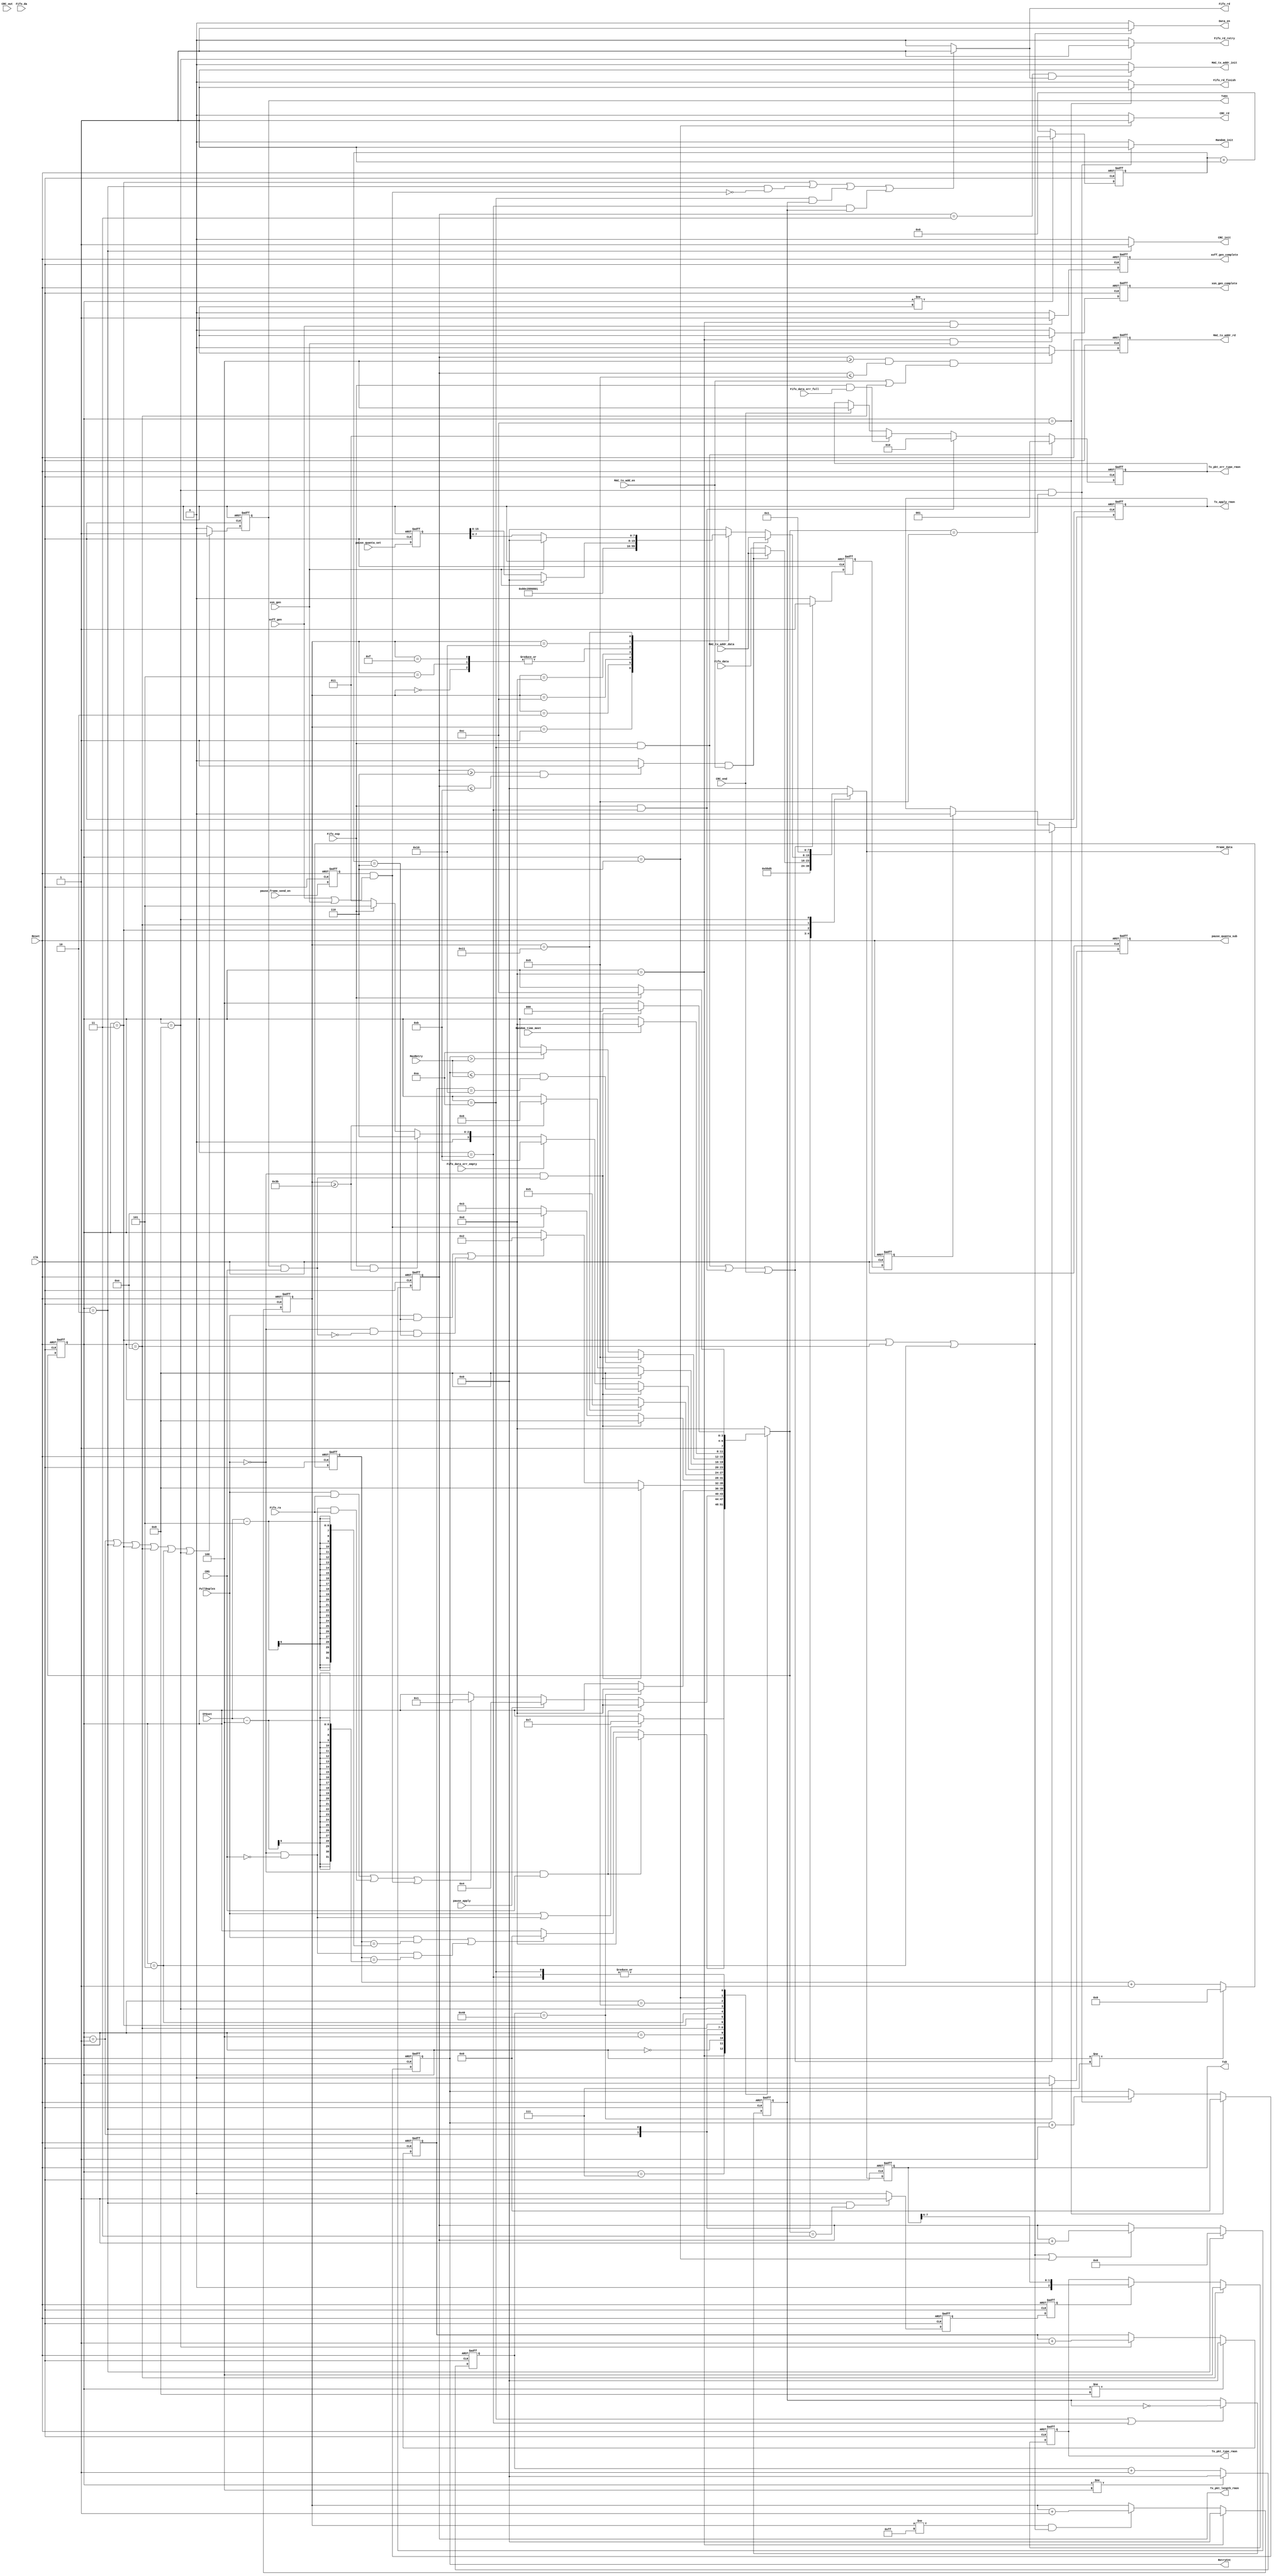
module MAC_tx_ctrl (  
Reset               ,
Clk                 ,
//CRC_gen Interface  
CRC_init            ,
Frame_data          ,
Data_en             ,
CRC_rd              ,
CRC_end             ,
CRC_out             ,
//Ramdon_gen interfac
Random_init         ,
RetryCnt            ,
Random_time_meet    ,
//flow control      
pause_apply         ,
pause_quanta_sub    ,
xoff_gen            ,
xoff_gen_complete   ,
xon_gen             ,
xon_gen_complete    ,
//MAC_tx_FF          
Fifo_data           ,
Fifo_rd             ,
Fifo_eop            ,
Fifo_da             ,
Fifo_rd_finish      ,
Fifo_rd_retry       ,
Fifo_ra             ,
Fifo_data_err_empty ,
Fifo_data_err_full  ,
//RMII               
TxD                 ,
TxEn                ,
CRS                 , 
//MAC_tx_addr_add   
MAC_tx_addr_rd      ,
MAC_tx_addr_data    ,
MAC_tx_addr_init    ,
//RMON               
Tx_pkt_type_rmon    ,
Tx_pkt_length_rmon  ,
Tx_apply_rmon       ,
Tx_pkt_err_type_rmon,
//CPU  
pause_frame_send_en ,
pause_quanta_set    ,              
MAC_tx_add_en       ,  
FullDuplex          ,
MaxRetry            ,
IFGset              
//IFG_counter,
//Current_state
);

input           Reset               ;
input           Clk                 ;
                //CRC_gen Interface 
output          CRC_init            ;
output  [7:0]   Frame_data          ;
output          Data_en             ;
output          CRC_rd              ;
input           CRC_end             ;
input   [7:0]   CRC_out             ;
                //Ramdon_gen interface
output          Random_init         ;
output  [3:0]   RetryCnt            ;
input           Random_time_meet    ;//levle hight indicate random time passed away
                //flow control
input           pause_apply         ;
output          pause_quanta_sub    ;
input           xoff_gen            ;
output          xoff_gen_complete   ;
input           xon_gen             ;
output          xon_gen_complete    ;               
                //MAC_rx_FF
input   [7:0]   Fifo_data           ;
output          Fifo_rd             ;
input           Fifo_eop            ;
input           Fifo_da             ;
output          Fifo_rd_finish      ;
output          Fifo_rd_retry       ;
input           Fifo_ra             ;
input           Fifo_data_err_empty ;
input           Fifo_data_err_full  ;
                //RMII
output  [7:0]   TxD                 ;
output          TxEn                ;   
input           CRS                 ;
                //MAC_tx_addr_add
output          MAC_tx_addr_init    ;
output          MAC_tx_addr_rd      ;
input   [7:0]   MAC_tx_addr_data    ;
                //RMON
output  [2:0]   Tx_pkt_type_rmon    ;
output  [15:0]  Tx_pkt_length_rmon  ;
output          Tx_apply_rmon       ;
output  [2:0]   Tx_pkt_err_type_rmon;   
                //CPU
input           pause_frame_send_en ;               
input   [15:0]  pause_quanta_set    ;
input           MAC_tx_add_en       ;               
input           FullDuplex          ;
input   [3:0]   MaxRetry            ;
input   [5:0]   IFGset              ;
//output [5:0]       IFG_counter;
//output [3:0]       Current_state;
//******************************************************************************        
//internal signals                                                              
//******************************************************************************   
parameter       StateIdle           =4'd00;
parameter       StatePreamble       =4'd01;
parameter       StateSFD            =4'd02;
parameter       StateData           =4'd03;
parameter       StatePause          =4'd04;
parameter       StatePAD            =4'd05;
parameter       StateFCS            =4'd06;
parameter       StateIFG            =4'd07;
parameter       StateJam            =4'd08;
parameter       StateBackOff        =4'd09;
parameter       StateJamDrop        =4'd10;
parameter       StateFFEmptyDrop    =4'd11;
parameter       StateSwitchNext     =4'd12;
parameter       StateDefer          =4'd13;
parameter       StateSendPauseFrame =4'd14;

reg [3:0]       Current_state   /*synthesis syn_keep=1 */;
reg [3:0]       Next_state;
reg [5:0]       IFG_counter;
reg [4:0]       Preamble_counter;//
reg [7:0]       TxD_tmp             ;   
reg             TxEn_tmp            ;   
reg [15:0]      Tx_pkt_length_rmon  ;
reg             Tx_apply_rmon       ;
reg             Tx_apply_rmon_tmp   ;
reg             Tx_apply_rmon_tmp_pl1;
reg [2:0]       Tx_pkt_err_type_rmon;   
reg [3:0]       RetryCnt            ;
reg             Random_init         ;
reg             Fifo_rd_finish      ;
reg             Fifo_rd_retry       ;
reg [7:0]       TxD                 ;   
reg             TxEn                ;   
reg             CRC_init            ;
reg             Data_en             ;
reg             CRC_rd              ;
reg             Fifo_rd             ;
reg             MAC_tx_addr_rd      ;
reg             MAC_header_slot     ;
reg             MAC_header_slot_tmp ;
reg [2:0]       Tx_pkt_type_rmon    ;
wire            Collision           ; 
reg             MAC_tx_addr_init    ;
reg             Src_MAC_ptr         ;
reg [7:0]       IPLengthCounter     ;//for pad append
reg [1:0]       PADCounter          ;
reg [7:0]       JamCounter          ;
reg             PktDrpEvenPtr       ;
reg [7:0]       pause_counter       ;
reg             pause_quanta_sub    ;
reg             pause_frame_send_en_dl1 ;               
reg [15:0]      pause_quanta_set_dl1    ;
reg             xoff_gen_complete   ;
reg             xon_gen_complete    ;
//******************************************************************************    
//boundery signal processing                                                             
//****************************************************************************** 
always @(posedge Clk or posedge Reset)
    if (Reset)
        begin  
        pause_frame_send_en_dl1         <=0;
        pause_quanta_set_dl1            <=0;
        end
    else
        begin  
        pause_frame_send_en_dl1         <=pause_frame_send_en   ;
        pause_quanta_set_dl1            <=pause_quanta_set      ;
        end     
//******************************************************************************    
//state machine                                                             
//****************************************************************************** 
assign Collision=TxEn&CRS;

always @(posedge Clk or posedge Reset)
    if (Reset)
        pause_counter   <= 8'd0;
    else if (Current_state!=StatePause)
        pause_counter   <= 8'd0;
    else 
        pause_counter   <=pause_counter+8'd1;
        
always @(posedge Clk or posedge Reset)
    if (Reset)
        IPLengthCounter     <= 8'd0;
    else if (Current_state==StateDefer)
        IPLengthCounter     <=8'd0;    
    else if (IPLengthCounter!=8'hff&&(Current_state==StateData||Current_state==StateSendPauseFrame||Current_state==StatePAD))
        IPLengthCounter     <=IPLengthCounter+8'd1;

always @(posedge Clk or posedge Reset)
    if (Reset)
        PADCounter      <= 2'd0;
    else if (Current_state!=StatePAD)
        PADCounter      <= 2'd0;
    else
        PADCounter      <=PADCounter+2'd1;

always @(posedge Clk or posedge Reset)
    if (Reset)
        Current_state       <=StateDefer;
    else 
        Current_state       <=Next_state;    
        
always @ ( * )
        case (Current_state)   
            StateDefer:
                if ((FullDuplex)||(!FullDuplex&&!CRS))
                    Next_state=StateIFG;
                else
                    Next_state=Current_state;   
            StateIFG:
                if (!FullDuplex&&CRS)
                    Next_state=StateDefer;
                else if ((FullDuplex&&IFG_counter==IFGset-5)||(!FullDuplex&&!CRS&&IFG_counter==IFGset-4))//remove some additional time
                    Next_state=StateIdle;
                else
                    Next_state=Current_state;           
            StateIdle:
                if (!FullDuplex&&CRS)
                    Next_state=StateDefer;
                else if (pause_apply)
                    Next_state=StatePause;          
                else if ((FullDuplex&&Fifo_ra)||(!FullDuplex&&!CRS&&Fifo_ra)||(pause_frame_send_en_dl1&&(xoff_gen||xon_gen)))
                    Next_state=StatePreamble;
                else
                    Next_state=Current_state;   
            StatePause:
                if (pause_counter==512/8)
                    Next_state=StateDefer;
                else
                    Next_state=Current_state;               
            StatePreamble:
                if (!FullDuplex&&Collision)
                    Next_state=StateJam;
                else if ((FullDuplex&&Preamble_counter==6)||(!FullDuplex&&!Collision&&Preamble_counter==6))
                    Next_state=StateSFD;
                else
                    Next_state=Current_state;
            StateSFD:
                if (!FullDuplex&&Collision)
                    Next_state=StateJam;
                else if (pause_frame_send_en_dl1&&(xoff_gen||xon_gen))
                    Next_state=StateSendPauseFrame;
                else 
                    Next_state=StateData;
            StateSendPauseFrame:
                if (IPLengthCounter==17)
                    Next_state=StatePAD;
                else
                    Next_state=Current_state;
            StateData:
                if (!FullDuplex&&Collision)
                    Next_state=StateJam;
                else if (Fifo_data_err_empty)
                    Next_state=StateFFEmptyDrop;                
                else if (Fifo_eop&&IPLengthCounter>=59)//IP+MAC+TYPE=60 ,start from 0
                    Next_state=StateFCS;
                else if (Fifo_eop)
                    Next_state=StatePAD;
                else 
                    Next_state=StateData;       
            StatePAD:
                if (!FullDuplex&&Collision)
                    Next_state=StateJam; 
                else if (IPLengthCounter>=59)
                    Next_state=StateFCS;        
                else 
                    Next_state=Current_state;
            StateJam:
                if (RetryCnt<=MaxRetry&&JamCounter==16) 
                    Next_state=StateBackOff;
                else if (RetryCnt>MaxRetry)
                    Next_state=StateJamDrop;
                else
                    Next_state=Current_state;
            StateBackOff:
                if (Random_time_meet)
                    Next_state  =StateDefer;
                else 
                    Next_state  =Current_state;
            StateFCS:
                if (!FullDuplex&&Collision)
                    Next_state  =StateJam;
                /*
                else if (CRC_end)
                    Next_state  =StateSwitchNext;
                else
                    Next_state  =Current_state;
                */
                else
                    Next_state  =StateSwitchNext;
            StateFFEmptyDrop:
                if (Fifo_eop)
                    Next_state  =StateSwitchNext;
                else
                    Next_state  =Current_state;             
            StateJamDrop:
                if (Fifo_eop)
                    Next_state  =StateSwitchNext;
                else
                    Next_state  =Current_state;
            StateSwitchNext:
                    Next_state  =StateDefer;            
            default:
                Next_state  =StateDefer;
        endcase

 
        
always @ (posedge Clk or posedge Reset)
    if (Reset)
        JamCounter      <= 8'd0;
    else if (Current_state!=StateJam)
        JamCounter      <= 8'd0;
    else if (Current_state==StateJam)
        JamCounter      <=JamCounter+8'd1;
        
             
always @ (posedge Clk or posedge Reset)
    if (Reset)
        RetryCnt        <= 4'd0;
    else if (Current_state==StateSwitchNext)
        RetryCnt        <= 4'd0;
    else if (Current_state==StateJam&&Next_state==StateBackOff)
        RetryCnt        <=RetryCnt + 4'd1;
            
always @ (posedge Clk or posedge Reset)
    if (Reset)
        IFG_counter     <= 6'd0;
    else if (Current_state!=StateIFG)
        IFG_counter     <= 6'd0;
    else 
        IFG_counter     <=IFG_counter + 6'd1;

always @ (posedge Clk or posedge Reset)
    if (Reset)
        Preamble_counter    <= 5'd0;
    else if (Current_state!=StatePreamble)
        Preamble_counter    <= 5'd0;
    else
        Preamble_counter    <=Preamble_counter+ 5'd1;
        
always @ (posedge Clk or posedge Reset)
    if (Reset)      
        PktDrpEvenPtr       <=1'b0;
    else if(Current_state==StateJamDrop||Current_state==StateFFEmptyDrop)
        PktDrpEvenPtr       <=~PktDrpEvenPtr;
//******************************************************************************    
//generate output signals                                                           
//****************************************************************************** 
//CRC related
always @(Current_state)
    if (Current_state==StateSFD)
        CRC_init    =1;
    else
        CRC_init    =0;
        
assign Frame_data=TxD_tmp;

always @(Current_state)
    if (Current_state==StateData||Current_state==StateSendPauseFrame||Current_state==StatePAD)
        Data_en     =1;
    else
        Data_en     =0;
        
always @(Current_state)
    if (Current_state==StateFCS)
        CRC_rd      =1;
    else
        CRC_rd      =0;     
    
//Ramdon_gen interface
always @(Current_state or Next_state)
    if (Current_state==StateJam&&Next_state==StateBackOff)
        Random_init =1;
    else
        Random_init =0; 

//MAC_rx_FF
//data have one cycle delay after fifo read signals  
always @ (*)
    if (Current_state==StateData ||
        Current_state==StateSFD&&!(pause_frame_send_en_dl1&&(xoff_gen||xon_gen))  ||
        Current_state==StateJamDrop&&PktDrpEvenPtr||
        Current_state==StateFFEmptyDrop&&PktDrpEvenPtr )
        Fifo_rd     =1;
    else
        Fifo_rd     =0; 
        
always @ (Current_state)
    if (Current_state==StateSwitchNext)     
        Fifo_rd_finish  =1;
    else
        Fifo_rd_finish  =0;
        
always @ (Current_state)
    if (Current_state==StateJam)        
        Fifo_rd_retry   =1;
    else
        Fifo_rd_retry   =0;     
//RMII
always @(Current_state)
  /*  if (Current_state==StatePreamble||Current_state==StateSFD||
        Current_state==StateData||Current_state==StateSendPauseFrame||
        Current_state==StateFCS||Current_state==StatePAD||Current_state==StateJam)*/
    if (Current_state==StatePreamble||Current_state==StateSFD||
        Current_state==StateData||Current_state==StateSendPauseFrame||
        Current_state==StatePAD||Current_state==StateJam)
        TxEn_tmp    =1;
    else
        TxEn_tmp    =0;

//gen txd data      
always @(*)
    case (Current_state)
        StatePreamble:
            TxD_tmp =8'h55;
        StateSFD:
            TxD_tmp =8'hd5;
        StateData:
            if (Src_MAC_ptr&&MAC_tx_add_en)       
                TxD_tmp =MAC_tx_addr_data;
            else
                TxD_tmp =Fifo_data;
        StateSendPauseFrame:
            if (Src_MAC_ptr&&MAC_tx_add_en)       
                TxD_tmp =MAC_tx_addr_data;
            else 
                case (IPLengthCounter)
                    7'd0:   TxD_tmp =8'h01;
                    7'd1:   TxD_tmp =8'h80;
                    7'd2:   TxD_tmp =8'hc2;
                    7'd3:   TxD_tmp =8'h00;
                    7'd4:   TxD_tmp =8'h00;
                    7'd5:   TxD_tmp =8'h01;
                    7'd12:  TxD_tmp =8'h88;//type
                    7'd13:  TxD_tmp =8'h08;//
                    7'd14:  TxD_tmp =8'h00;//opcode
                    7'd15:  TxD_tmp =8'h01;
                    7'd16:  TxD_tmp =xon_gen?8'b0:pause_quanta_set_dl1[15:8];
                    7'd17:  TxD_tmp =xon_gen?8'b0:pause_quanta_set_dl1[7:0];
//                    7'd60:  TxD_tmp =8'h26;
//                    7'd61:  TxD_tmp =8'h6b;
//                    7'd62:  TxD_tmp =8'hae;
//                    7'd63:  TxD_tmp =8'h0a;
                    default:TxD_tmp =0;
                endcase
        
        StatePAD:
                TxD_tmp =8'h00; 
        StateJam:
                TxD_tmp =8'h01; //jam sequence
        StateFCS:
                //TxD_tmp =CRC_out;
                TxD_tmp =8'h00; 
        default:
            TxD_tmp =2'b0;
    endcase
always @ (posedge Clk or posedge Reset)
    if (Reset)
        begin
        TxD     <=0;
        TxEn    <=0;
        end
    else
        begin
        TxD     <=TxD_tmp;
        TxEn    <=TxEn_tmp;
        end     
//RMON


always @ (posedge Clk or posedge Reset)
    if (Reset)
        Tx_pkt_length_rmon      <=0;
    else if (Current_state==StateSFD)
        Tx_pkt_length_rmon      <=0;
    else if (Current_state==StateData||Current_state==StateSendPauseFrame||Current_state==StatePAD||Current_state==StateFCS)
        Tx_pkt_length_rmon      <=Tx_pkt_length_rmon+16'd1;
        
always @ (posedge Clk or posedge Reset)
    if (Reset)
        Tx_apply_rmon_tmp       <=0;
    else if ((Fifo_eop&&Current_state==StateJamDrop)||
             (Fifo_eop&&Current_state==StateFFEmptyDrop)||
             CRC_end)
        Tx_apply_rmon_tmp       <=1;
    else
        Tx_apply_rmon_tmp       <=0; 

always @ (posedge Clk or posedge Reset)
    if (Reset)
        Tx_apply_rmon_tmp_pl1   <=0;
    else
        Tx_apply_rmon_tmp_pl1   <=Tx_apply_rmon_tmp;
        
always @ (posedge Clk or posedge Reset)
    if (Reset)
        Tx_apply_rmon       <=0;
    else if ((Fifo_eop&&Current_state==StateJamDrop)||
             (Fifo_eop&&Current_state==StateFFEmptyDrop)||
             CRC_end)
        Tx_apply_rmon       <=1;
    else if (Tx_apply_rmon_tmp_pl1)
        Tx_apply_rmon       <=0;
        
always @ (posedge Clk or posedge Reset)
    if (Reset)
        Tx_pkt_err_type_rmon    <=0;    
    else if(Fifo_eop&&Current_state==StateJamDrop)
        Tx_pkt_err_type_rmon    <=3'b001;//
    else if(Fifo_eop&&Current_state==StateFFEmptyDrop)
        Tx_pkt_err_type_rmon    <=3'b010;//underflow
    else if(Fifo_eop&&Fifo_data_err_full)
        Tx_pkt_err_type_rmon    <=3'b011;//overflow
    else if(CRC_end)
        Tx_pkt_err_type_rmon    <=3'b100;//normal
        
always @ (posedge Clk or posedge Reset)
    if (Reset)
        MAC_header_slot_tmp <=0;
    else if(Current_state==StateSFD&&Next_state==StateData)
        MAC_header_slot_tmp <=1;    
    else
        MAC_header_slot_tmp <=0;
        
always @ (posedge Clk or posedge Reset)
    if (Reset)
        MAC_header_slot     <=0;
    else 
        MAC_header_slot     <=MAC_header_slot_tmp;

always @ (posedge Clk or posedge Reset)
    if (Reset)
        Tx_pkt_type_rmon    <=0;
    else if (Current_state==StateSendPauseFrame)
        Tx_pkt_type_rmon    <=3'b100;
    else if(MAC_header_slot)
        Tx_pkt_type_rmon    <={1'b0,TxD[7:6]};

       
always @(Tx_pkt_length_rmon)
    if (Tx_pkt_length_rmon>=6&&Tx_pkt_length_rmon<=11)
        Src_MAC_ptr         =1;
    else
        Src_MAC_ptr         =0;        

//MAC_tx_addr_add  
always @ (posedge Clk or posedge Reset)
    if (Reset)
        MAC_tx_addr_rd  <=0;
    else if ((Tx_pkt_length_rmon>=4&&Tx_pkt_length_rmon<=9)&&(MAC_tx_add_en||Current_state==StateSendPauseFrame))
        MAC_tx_addr_rd  <=1;
    else
        MAC_tx_addr_rd  <=0;

always @ (Tx_pkt_length_rmon or Fifo_rd)
    if ((Tx_pkt_length_rmon==3)&&Fifo_rd)
        MAC_tx_addr_init=1;
    else
        MAC_tx_addr_init=0;

//flow control
always @ (posedge Clk or posedge Reset)
    if (Reset)
        pause_quanta_sub    <=0;
    else if(pause_counter==512/8)
        pause_quanta_sub    <=1;
    else
        pause_quanta_sub    <=0;

 
always @ (posedge Clk or posedge Reset)
    if (Reset) 
        xoff_gen_complete   <=0;
    else if(Current_state==StateDefer&&xoff_gen)
        xoff_gen_complete   <=1;
    else
        xoff_gen_complete   <=0;
    
    
always @ (posedge Clk or posedge Reset)
    if (Reset) 
        xon_gen_complete    <=0;
    else if(Current_state==StateDefer&&xon_gen)
        xon_gen_complete    <=1;
    else
        xon_gen_complete    <=0;

endmodule